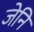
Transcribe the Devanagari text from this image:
जेनि